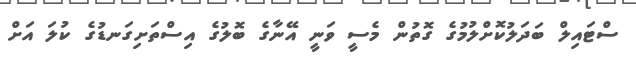
ސްޓައިލް ބަދަލުކޮށްލުމުގެ ގޮތުން މެސީ ވަނީ އޭނާގެ ބޮލުގެ އިސްތަށިގަނޑުގެ ކުލަ އަށް